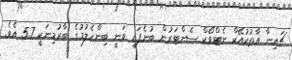
ޗައިނާ އާތުކުއޭކް ނެޓްވޯކް ސެންޓަރުން ބުނެފައި ވަނީ ބިންހެލުމުގެ ބާރުމިނަކީ 5.7 އެވެ.